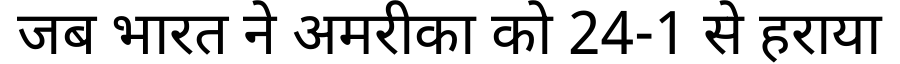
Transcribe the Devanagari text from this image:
जब भारत ने अमरीका को 24-1 से हराया